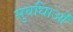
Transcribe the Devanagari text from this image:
सुवधिाओं